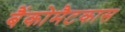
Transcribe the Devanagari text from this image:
बैंकोमैटकास